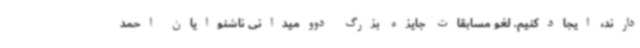
دارند، ایجادکنیم. لغو مسابقات جایزه بزرگ دوومیدانی ناشنوایان احمد